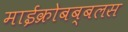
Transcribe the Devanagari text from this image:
माईक्रोबब्बलस